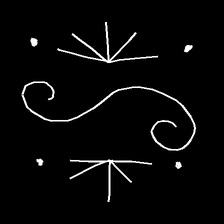
Glyph: aeroform